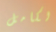
لكامل